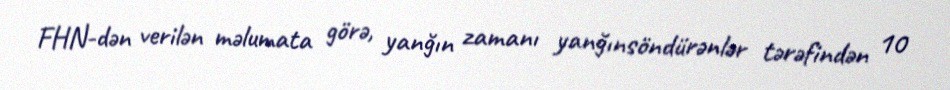
FHN-dən verilən məlumata görə, yanğın zamanı yanğınsöndürənlər tərəfindən 10